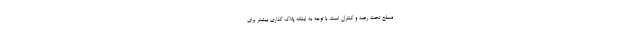
مسلح تحت رصد و کنترل است. با توجه به اینکه پلاک گذاری بیشتر برای